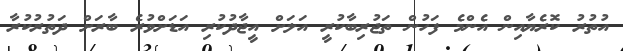
އުތުރު ކޮރެޔާއިން އެންމެ ފަހުން ތަޖުރިބާކުރީ އަލަށް އީޖާދުކުރި އަޑަށްވުރެ ބާރަށް ދަތުރުކުރާ